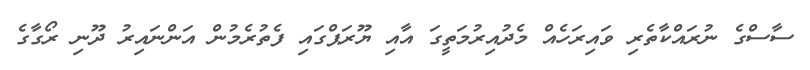
ސާސްގެ ނުރައްކާތެރި ވައިރަހެއް މެދުއިރުމަތީގަ އާއި ޔޫރަޕްގައި ފެތުރެމުން އަންނައިރު ދޫނި ރޯގާގެ